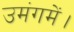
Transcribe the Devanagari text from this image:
उमंगमें।